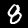
Label: 8